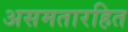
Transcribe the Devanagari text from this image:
असमतारहित